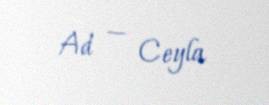
Ad — Ceyla